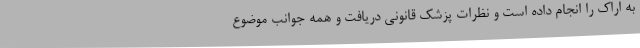
به اراک را انجام داده است و نظرات پزشک قانونی دریافت و همه جوانب موضوع